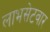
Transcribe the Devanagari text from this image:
लाभसेटवार